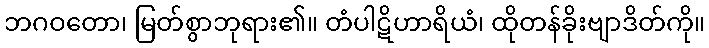
ဘဂဝတော၊ မြတ်စွာဘုရား၏။ တံပါဋိဟာရိယံ၊ ထိုတန်ခိုးဗျာဒိတ်ကို။